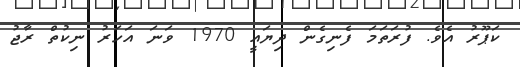
ކަޕޫރު އެވެ. ފުރަތަމަ ފެނިގެން ދިޔައީ 1970 ވަނަ އަހަރު ނިކުތް ރާޖު